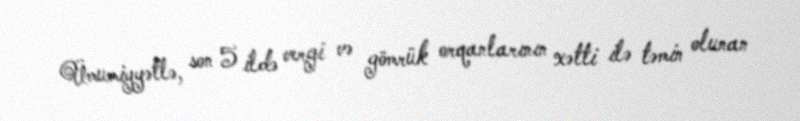
Ümumiyyətlə, son 5 ildə vergi və gömrük orqanlarının xətti ilə təmin olunan